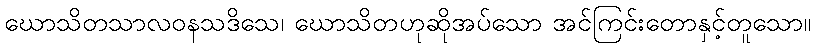
ဃောသိတသာလဝနသဒိသေ၊ ဃောသိတဟုဆိုအပ်သော အင်ကြင်းတောနှင့်တူသော။